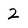
Character: 2